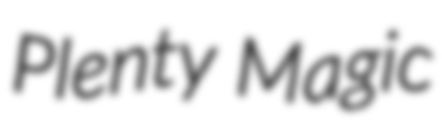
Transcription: Plenty Magic